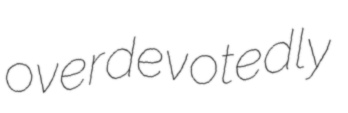
overdevotedly